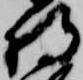
将